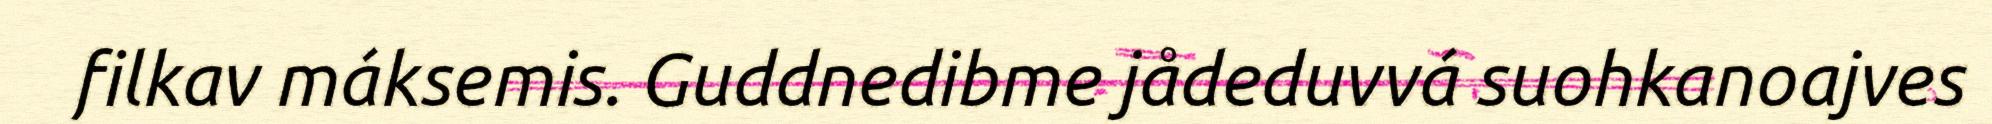
filkav máksemis. Guddnedibme jådeduvvá suohkanoajves